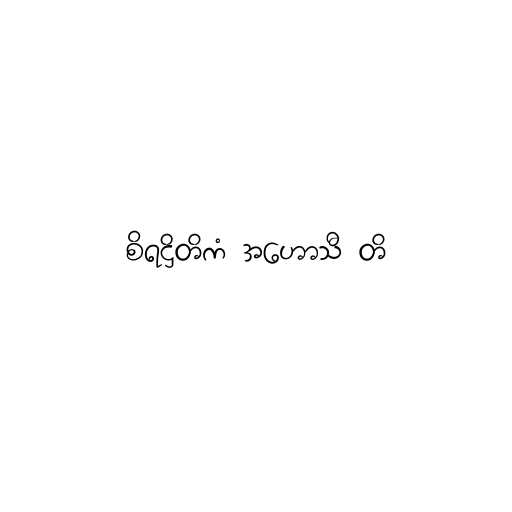
စိရဋ္ဌိတိကံ အဟောသီ တိ